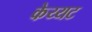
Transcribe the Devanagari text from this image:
केय्यट